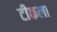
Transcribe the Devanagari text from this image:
टीकला